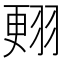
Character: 𦑃